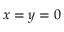
x = y = 0